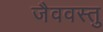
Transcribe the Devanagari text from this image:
जैववस्तु